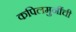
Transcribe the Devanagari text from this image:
कपिलमुनींची